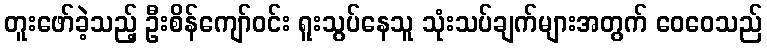
တူးဖော်ခဲ့သည့် ဦးစိန်ကျော်ဝင်း ရူးသွပ်နေသူ သုံးသပ်ချက်များအတွက် ဝေဝေသည်